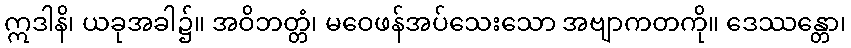
ဣဒါနိ၊ ယခုအခါ၌။ အဝိဘတ္တံ၊ မဝေဖန်အပ်သေးသော အဗျာကတကို။ ဒေဿန္တော၊